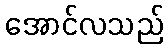
အောင်လသည်